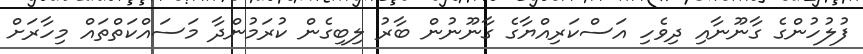
ފުލުހުންގެ ގާނޫނާއި ދިވެހި އަސްކަރިއްޔާގެ ގާނޫނުން ބާރު ލިބިގެން ކުރަމުންދާ މަސައްކަތްތައް މިހާރަށް